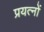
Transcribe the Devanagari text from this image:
प्रयत्‍नों